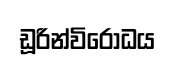
ඩූරින්විරෝධය